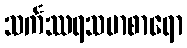
သင်္ကဿရသမာစာရော